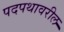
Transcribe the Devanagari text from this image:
पदपथावरील